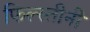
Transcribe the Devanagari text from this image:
फिल्स्तीनी